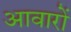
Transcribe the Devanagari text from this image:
आवारों